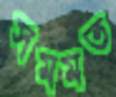
সমমত